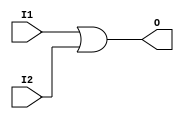
`timescale 1ns/1ps
`default_nettype none
// PLEASE READ THIS, IT MAY SAVE YOU SOME TIME AND MONEY, THANK YOU!
// * This file was generated by Quokka FPGA Toolkit.
// * Generated code is your property, do whatever you want with it
// * Place custom code between [BEGIN USER ***] and [END USER ***].
// * CAUTION: All code outside of [USER] scope is subject to regeneration.
// * Bad things happen sometimes in developer's life,
//   it is recommended to use source control management software (e.g. git, bzr etc) to keep your custom code safe'n'sound.
// * Internal structure of code is subject to change.
//   You can use some of signals in custom code, but most likely they will not exist in future (e.g. will get shorter or gone completely)
// * Please send your feedback, comments, improvement ideas etc. to evmuryshkin@gmail.com
// * Visit https://github.com/EvgenyMuryshkin/QuokkaEvaluation to access latest version of playground
//
// DISCLAIMER:
//   Code comes AS-IS, it is your responsibility to make sure it is working as expected
//   no responsibility will be taken for any loss or damage caused by use of Quokka toolkit.
//
// System configuration name is OrGateModule_TopLevel, clock frequency is 1Hz, Top-level
// FSM summary
// -- Packages
module OrGateModule_TopLevel
(
	// [BEGIN USER PORTS]
	// [END USER PORTS]
	input wire I1,
	input wire I2,
	output wire O
);
	// [BEGIN USER SIGNALS]
	// [END USER SIGNALS]
	localparam HiSignal = 1'b1;
	localparam LoSignal = 1'b0;
	wire Zero = 1'b0;
	wire One = 1'b1;
	wire true = 1'b1;
	wire false = 1'b0;
	wire Inputs_I1;
	wire Inputs_I2;
	wire OrGateModule_L7F26T48_Expr;
	wire OrGateModule_L7F26T48_Expr_1;
	wire OrGateModule_L7F26T48_Expr_2;
	assign OrGateModule_L7F26T48_Expr = OrGateModule_L7F26T48_Expr_1 | OrGateModule_L7F26T48_Expr_2;
	assign OrGateModule_L7F26T48_Expr_1 = Inputs_I1;
	assign OrGateModule_L7F26T48_Expr_2 = Inputs_I2;
	assign Inputs_I1 = I1;
	assign Inputs_I2 = I2;
	assign O = OrGateModule_L7F26T48_Expr;
	// [BEGIN USER ARCHITECTURE]
	// [END USER ARCHITECTURE]
endmodule